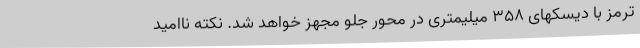
ترمز با دیسکهای 358 میلیمتری در محور جلو مجهز خواهد شد. نکته ناامید